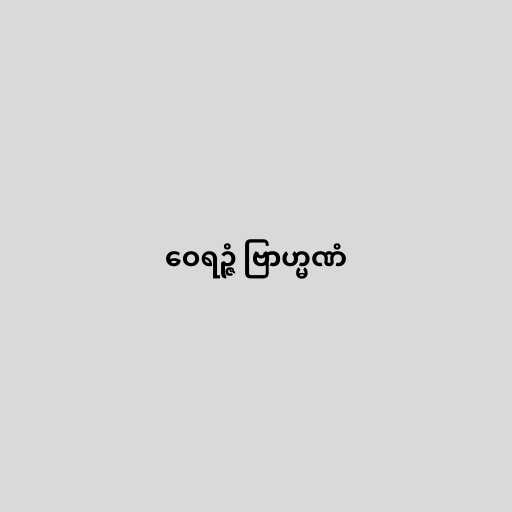
ဝေရဉ္ဇံ ဗြာဟ္မဏံ